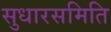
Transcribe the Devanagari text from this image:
सुधारसमिति